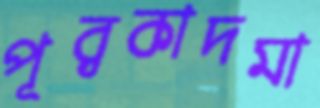
পূর্বকাদমা